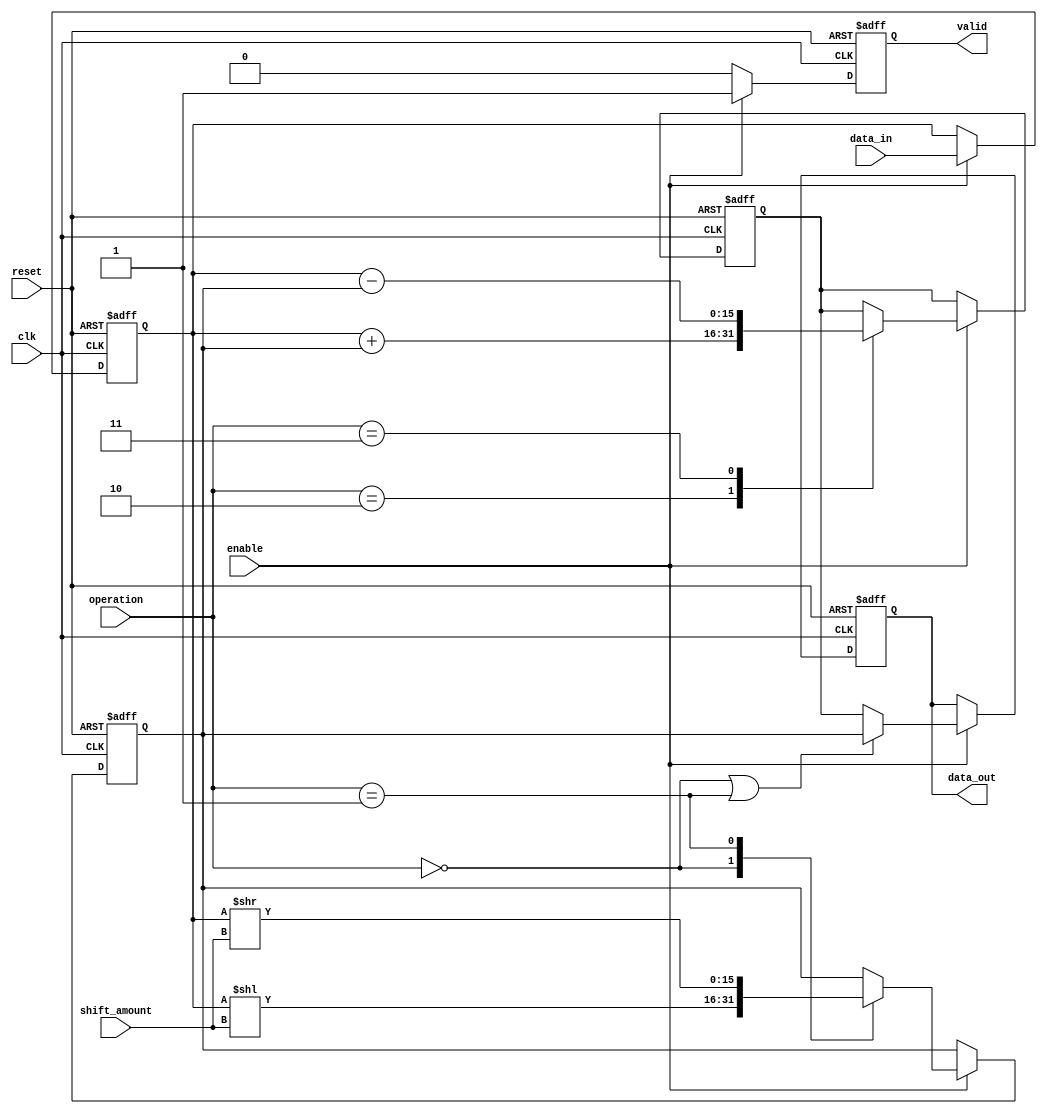
module LogarithmicShiftRegister #(
    parameter DATA_WIDTH = 16, // Default data width
    parameter LOG_WIDTH = 4     // Logarithmic shift width (for example, log2(16) = 4)
)(
    input wire clk,
    input wire reset,
    input wire enable,
    input wire [DATA_WIDTH-1:0] data_in,
    input wire [LOG_WIDTH-1:0] shift_amount, // Amount to shift
    input wire [1:0] operation, // 00: shift left, 01: shift right, 10: add, 11: subtract
    output reg [DATA_WIDTH-1:0] data_out,
    output reg valid // Indicates valid output
);

    reg [DATA_WIDTH-1:0] buffer; // Input buffer
    reg [DATA_WIDTH-1:0] shifted_data; // Data after shifting
    reg [DATA_WIDTH-1:0] arithmetic_result; // Result of arithmetic operations

    // Control logic for processing
    always @(posedge clk or posedge reset) begin
        if (reset) begin
            buffer <= 0;
            shifted_data <= 0;
            arithmetic_result <= 0;
            data_out <= 0;
            valid <= 0;
        end else if (enable) begin
            // Capture input data
            buffer <= data_in;

            // Perform logarithmic shifting
            case (operation[1:0])
                2'b00: // Shift left
                    shifted_data <= buffer << shift_amount;
                2'b01: // Shift right
                    shifted_data <= buffer >> shift_amount;
                2'b10: // Addition
                    arithmetic_result <= buffer + shifted_data;
                2'b11: // Subtraction
                    arithmetic_result <= buffer - shifted_data;
                default: ;
            endcase

            // Output the result based on the operation
            if (operation[1:0] == 2'b00 || operation[1:0] == 2'b01) begin
                data_out <= shifted_data;
            end else begin
                data_out <= arithmetic_result;
            end

            // Set valid signal
            valid <= 1'b1;
        end else begin
            valid <= 1'b0; // Invalid output when not enabled
        end
    end

endmodule